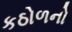
કઠોળનો